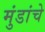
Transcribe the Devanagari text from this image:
मुंडांचे